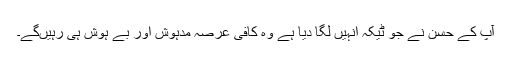
آپ کے حسن نے جو ٹیکہ انہیں لگا دیا ہے وہ کافی عرصہ مدہوش اور بے ہوش ہی رہیںگے۔